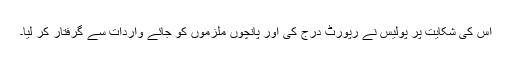
اس کی شکایت پر پولیس نے رپورٹ درج کی اور پانچوں ملزموں کو جائے واردات سے گرفتار کر لیا۔